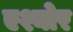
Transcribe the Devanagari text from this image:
एश्योर